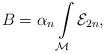
LaTeX: \begin{align*}B=\alpha _{n}\int\limits_{{\cal M}}{\cal E}_{2n},\end{align*}